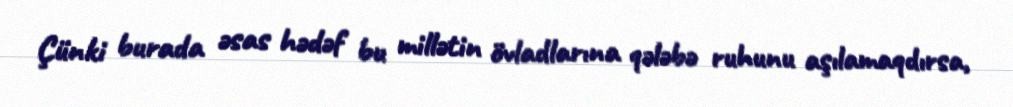
Çünki burada əsas hədəf bu millətin övladlarına qələbə ruhunu aşılamaqdırsa,